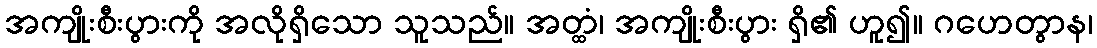
အကျိုးစီးပွားကို အလိုရှိသော သူသည်။ အတ္ထံ၊ အကျိုးစီးပွား ရှိ၏ ဟူ၍။ ဂဟေတွာန၊